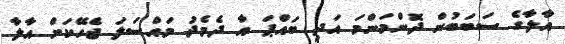
އާލާގެ ސަބަބުން ދޮންމަންމަ އަދި ބައްޕަ އާ ދެމެދު މައްސަލަ ޖެހޭކަށް އާލާ